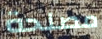
مصلحة